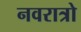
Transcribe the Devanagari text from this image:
नवरात्रो